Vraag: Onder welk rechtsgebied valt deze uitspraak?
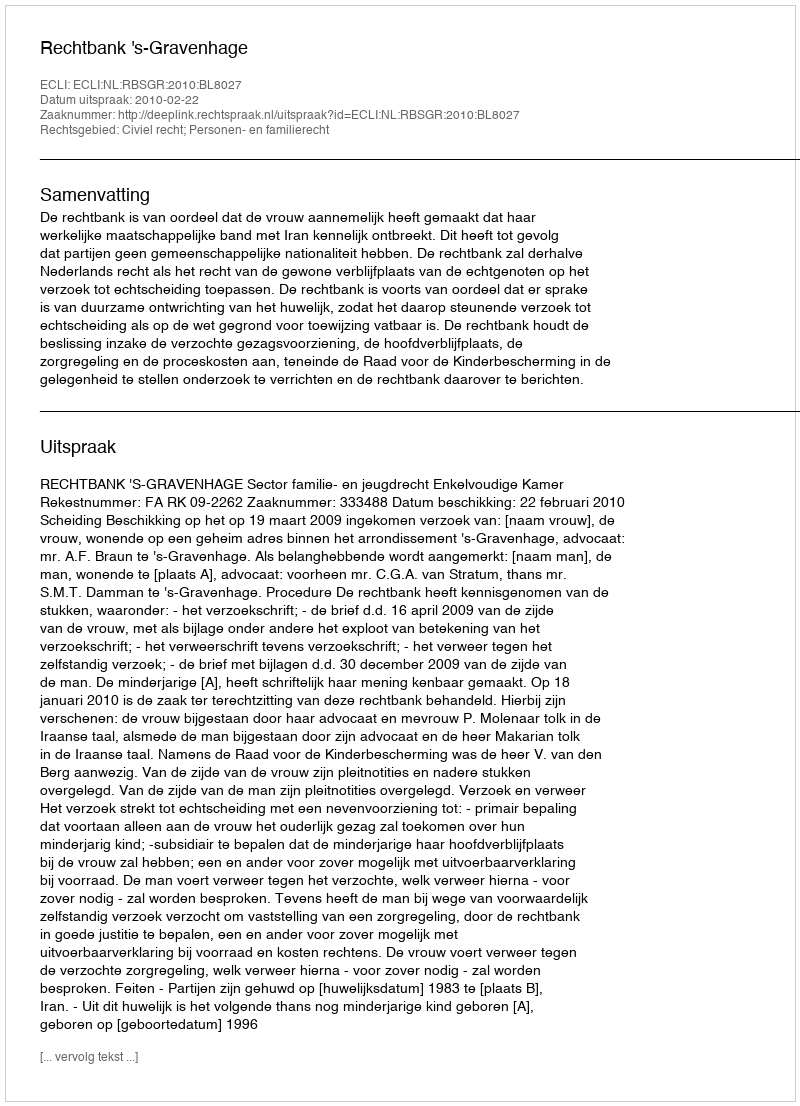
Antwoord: Civiel recht; Personen- en familierecht